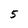
Character: 5